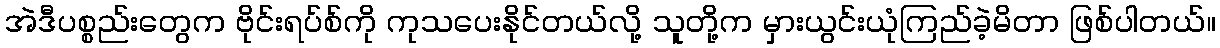
အဲဒီပစ္စည်းတွေက ဗိုင်းရပ်စ်ကို ကုသပေးနိုင်တယ်လို့ သူတို့က မှားယွင်းယုံကြည်ခဲ့မိတာ ဖြစ်ပါတယ်။